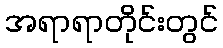
အရာရာတိုင်းတွင်